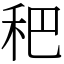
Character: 𥝧